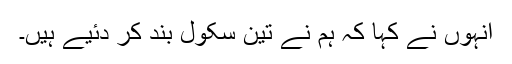
انہوں نے کہا کہ ہم نے تین سکول بند کر دئیے ہیں۔